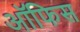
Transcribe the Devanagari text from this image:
अॉफिस